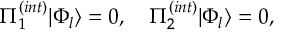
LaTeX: \Pi _ { 1 } ^ { ( i n t ) } | \Phi _ { l } \rangle = 0 , \quad \Pi _ { 2 } ^ { ( i n t ) } | \Phi _ { l } \rangle = 0 ,